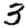
Digit: 3